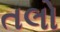
તલો